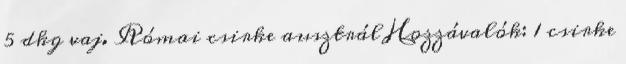
5 dkg vaj. Római csirke ausztrál Hozzávalók: 1 csirke